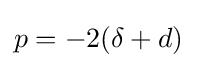
p=-2(\delta +d)